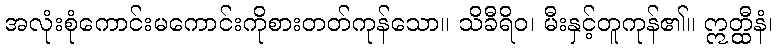
အလုံးစုံကောင်းမကောင်းကိုစားတတ်ကုန်သော။ သိခီရိဝ၊ မီးနှင့်တူကုန်၏။ ဣတ္ထီနံ၊